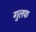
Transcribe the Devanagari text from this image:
गुलफ